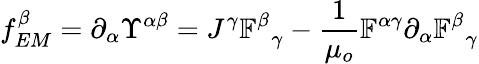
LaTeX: f_{EM}^{\beta}=\partial_{\alpha}\Upsilon^{\alpha\beta}=J^{\gamma}\mathbb{F}_{\, \, \, \gamma}^{\beta}-\frac{1}{\mu_{o}}\mathbb{F}^{\alpha\gamma}\partial_{\alpha}\mathbb{F}_{\, \, \, \gamma}^{\beta}